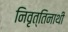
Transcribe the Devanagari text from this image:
निवृत्तिनाथी